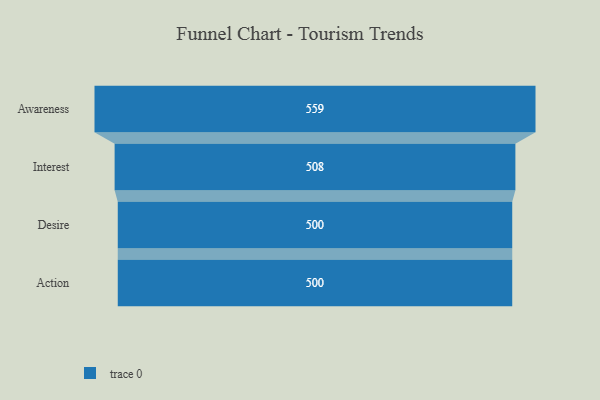
{"axis": {"x": "Stage", "y": "Value"}, "legend": [""], "data": [{"x": "Awareness", "y": 559.0, "type": ""}, {"x": "Interest", "y": 508.0, "type": ""}, {"x": "Desire", "y": 500, "type": ""}, {"x": "Action", "y": 500, "type": ""}]}